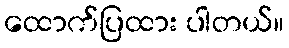
ထောက်ပြထား ပါတယ်။